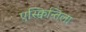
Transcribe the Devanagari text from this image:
एस्क्विन्तिला